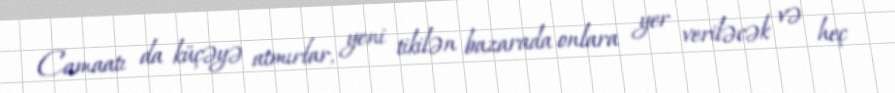
Camaatı da küçəyə atmırlar, yeni tikilən bazarada onlara yer veriləcək və heç